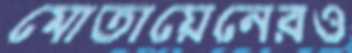
মোতায়েনেরও